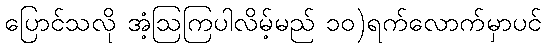
ပြောင်သလို အံ့ဩကြပါလိမ့်မည် ၁၀)ရက်လောက်မှာပင်